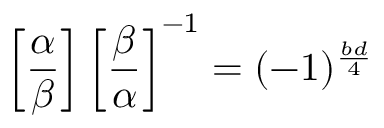
\left[ { \frac { \alpha } { \beta } } \right] \left[ { \frac { \beta } { \alpha } } \right] ^ { - 1 } = ( - 1 ) ^ { \frac { b d } { 4 } }